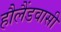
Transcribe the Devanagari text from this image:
हौलैंडवासी